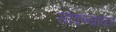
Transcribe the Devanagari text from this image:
सोडण्यावर